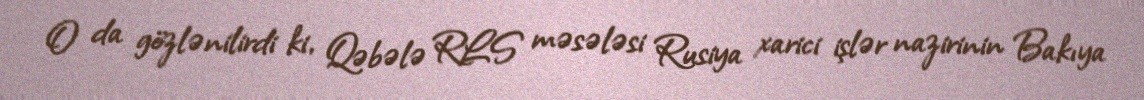
O da gözlənilirdi ki, Qəbələ RLS məsələsi Rusiya xarici işlər nazirinin Bakıya